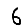
Digit: 6